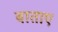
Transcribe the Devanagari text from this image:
बाताए